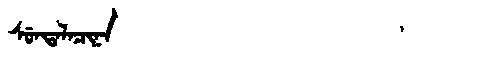
Manchu: ᠰᡠᠨᡨᠠᠯᠠᠴᡳᠨᠠ
Romanization: SUNTALACINA